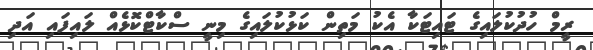
ރީމް ހުދުކުލައިގެ ޓައިޓަކާ އެކު މަތިން ކަޅުކުލައިގެ މިނީ ސްކާޓްކޮޅެއް ލައިފައި އަދި